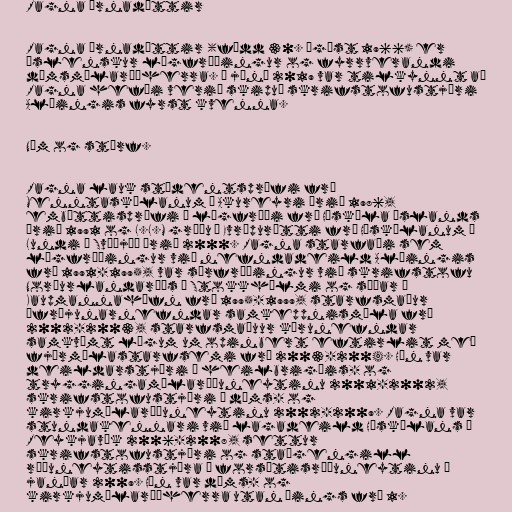
Ragna Árnadóttir

Ragna Árnadóttir (fædd 30. ágúst 1966) er
íslenskur lögfræðingur og fyrrverandi
dómsmálaráðherra. Í júní 2019 var tilkynnt að
Ragna hefði verið skipuð skrifstofustjóri
Alþingis fyrst kvenna.

Nám og störf.

Ragna lauk stúdentsprófi frá
Menntaskólanum á Akureyri árið 1986,
embættisprófi í lögfræði frá Háskóla Íslands
árið 1991 og L.L.M gráðu í Evrópurétti frá Háskólanum í
Lundi í Svíþjóð árið 2000. Ragna starfaði sem
lögfræðingur við nefndadeild Alþingis
frá 1991-1995, var sérfræðingur við skrifstofu
Norðurlandaráðs í Stokkhólmi og síðar í
Kaupmannahöfn frá 1995-1999, starfsmaður
áfrýjunarnefndar samkeppnismála frá
2002-2003, starfsmaðuur kærunefndar
samkvæmt lögum um opinbert eftirlit með
fjármálastarfsemi frá 2003-2004. Hún var
deildarstjóri í heilbrigðis- og
tryggingamálaráðuneytinu 2001-2002,
skrifstofustjóri í dóms- og
kirkjumálaráðuneytinu 2002-2009. Ragna var
stundakennari við lagadeild Háskólans í
Reykjavík 2006-2008, settur
skrifstofustjóri og staðgengill
ráðuneytisstjóra í forsætisráðuneytinu í
janúar 2009. Hún var dóms- og
kirkjumálaráðherra utan þings frá 1.